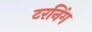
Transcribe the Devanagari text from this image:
टरनिंग